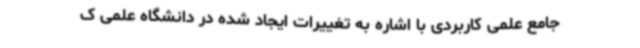
جامع علمی کاربردی با اشاره به تغییرات ایجاد شده در دانشگاه علمی ک